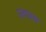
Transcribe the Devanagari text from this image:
एवास्य